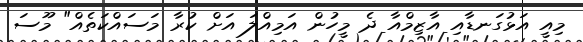
މިއީ އަޅުގަނޑާއި އާޒިމްއާ ދެ މީހުން އަމިއްލަ އަށް ކުރާ މަސައްކަތެއް" މޫސަ